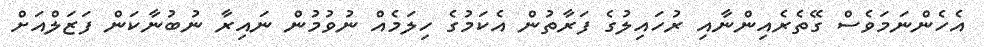
އެހެންނަމަވެސް ގޭތެރެއިންނާއި ރުހައިލުގެ ފަރާތުން އެކަމުގެ ހިލަމެއް ނުވުމުން ނައިރާ ނުބުނާކަން ފަޒަލްއަށް